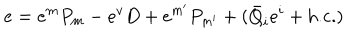
e = e ^ { m } P _ { m } - e ^ { v } D + e ^ { m ^ { \prime } } P _ { m ^ { \prime } } + ( \bar { Q } _ { i } e ^ { i } + \mathrm { h . c . } ) \,